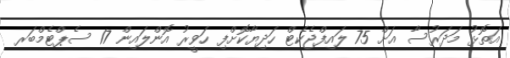
އަތޮޅު މަދަރުސާ އަށް 75 ލައިފްޖެކެޓް ހަދިޔާކޮށްފި ހަވީރު އޮންލައިން 17 ސެޕްޓެމްބަރ